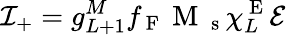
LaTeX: {\cal I}_{+}=g_{L+1}^{M}f_{\mathrm{~F~}}\mathrm{~M~}_{\mathrm{~s~}}\chi_{L}^{\mathrm{~E~}}{\cal E}